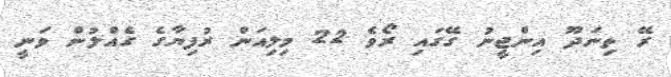
ރޭ ތިނަދޫ އިންޖީނު ގޭގައި ރޯވެ 22 މިލިއަން ރުފިޔާގެ ގެއްލުން ވަނީ